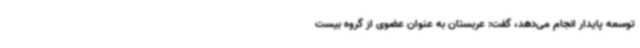
توسعه پایدار انجام می‌دهد، گفت: عربستان به عنوان عضوی از گروه بیست